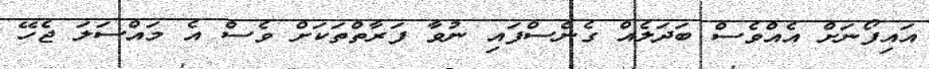
އައިފޯނަށް އެއްވެސް ބަދަލެއް ގެނެސްފައި ނުވާ ފަރާތްތަކަށް ވެސް އެ މައްސަލަ ޖެހޭ